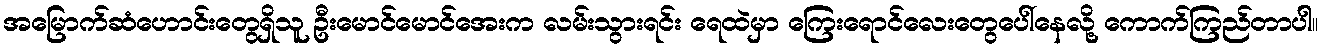
အမြောက်ဆံဟောင်းတွေရှိသူ ဦးမောင်မောင်အေးက လမ်းသွားရင်း ရေထဲမှာ ကြေးရောင်လေးတွေပေါ်နေလို့ ကောက်ကြည်တာပါ။